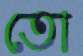
তো